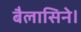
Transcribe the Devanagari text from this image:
बैलासिने।